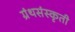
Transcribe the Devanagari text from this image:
ग्रंथसंस्‍कृती